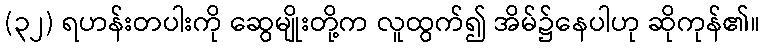
(၃၂) ရဟန်းတပါးကို ဆွေမျိုးတို့က လူထွက်၍ အိမ်၌နေပါဟု ဆိုကုန်၏။